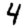
Digit: 4